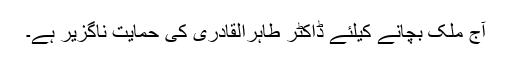
آج ملک بچانے کیلئے ڈاکٹر طاہرالقادری کی حمایت ناگزیر ہے۔